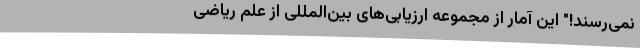
نمی‌رسند!" این آمار از مجموعه ارزیابی‌های بین‌المللی از علم ریاضی